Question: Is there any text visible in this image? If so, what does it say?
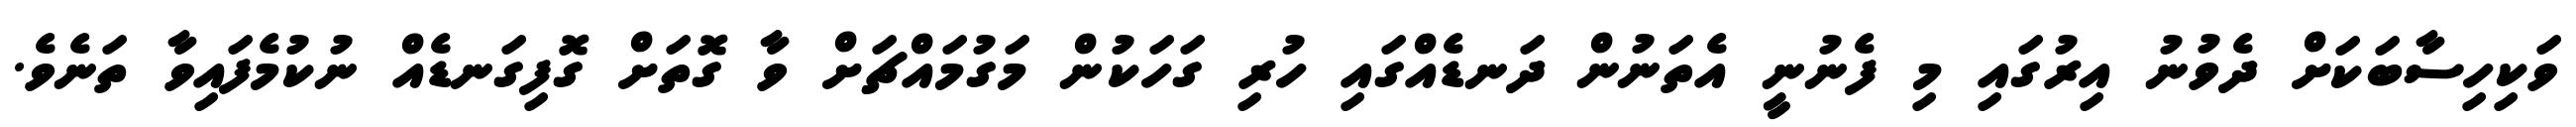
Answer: ވަކިހިސާބަކަށް ދެވުނު އިރުގައި މި ފެނުނީ އެތަނުން ދަނޑެއްގައި ހުރި ގަހަކުން މަގުމައްޗަށް ވާ ގޮތަށް ގޮފިގަނޑެއް ނުކުމެފައިވާ ތަނެވެ.